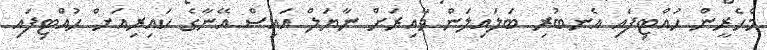
މެހެރީން ހުއްޓިފައި އެނބުރި ބަލައިލަން ވާއިރަށް ނާޔަލް އައިސް އޭނާގެ ކައިރިއަށް ހުއްޓިފައި